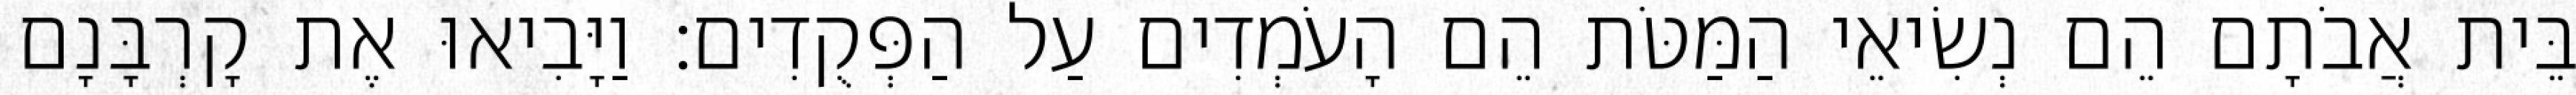
בֵּית אֲבֹתָם הֵם נְשִׂיאֵי הַמַּטֹּת הֵם הָעֹמְדִים עַל הַפְּקֻדִים׃ וַיָּבִיאוּ אֶת קָרְבָּנָם